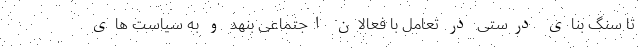
تا سنگ بنایِ درستی در تعامل با فعالان اجتماعی بنهد و به سیاست های